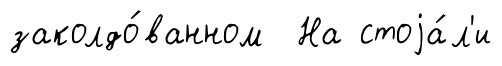
заколдо́ванном На стоjа́л'и